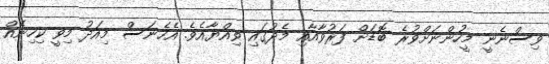
ވިސްނެނީ މީހުންނަށްވުރެ ބޮޑަށް ފަރުވާއާއި މެދުގައި ވިއްޔާއެވެ. އެހެނަސް މިއަދު މިވީ ކިހިނެއް